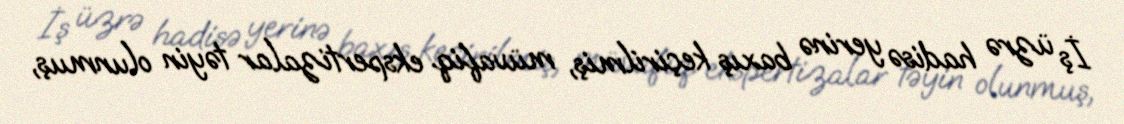
İş üzrə hadisə yerinə baxış keçirilmiş, müvafiq ekspertizalar təyin olunmuş,